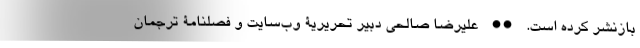
بازنشر کرده است. •• علیرضا صالحی دبیر تحریریۀ وب‌سایت و فصلنامۀ ترجمان